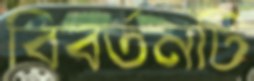
বিবর্তনটি